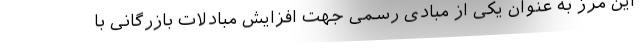
این مرز به عنوان یکی از مبادی رسمی جهت افزایش مبادلات بازرگانی با